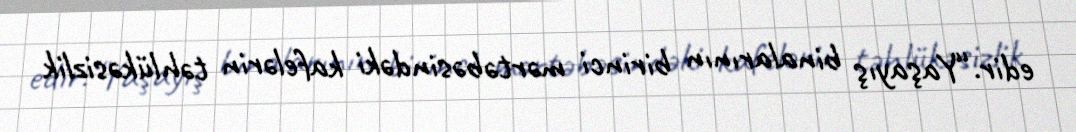
edir.“Yaşayış binalarının birinci mərtəbəsindəki kafelərin təhlükəsizlik